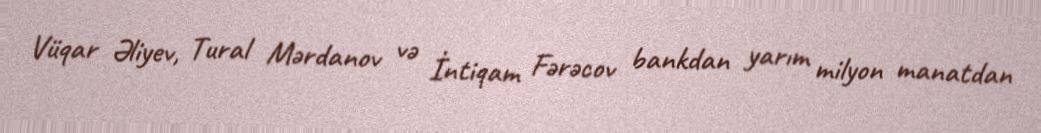
Vüqar Əliyev, Tural Mərdanov və İntiqam Fərəcov bankdan yarım milyon manatdan